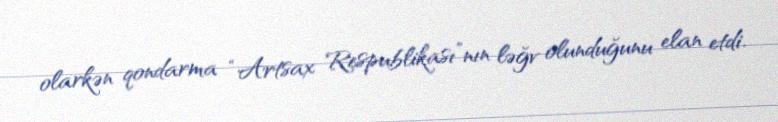
olarkən qondarma “Artsax Respublikası”nın ləğv olunduğunu elan etdi.